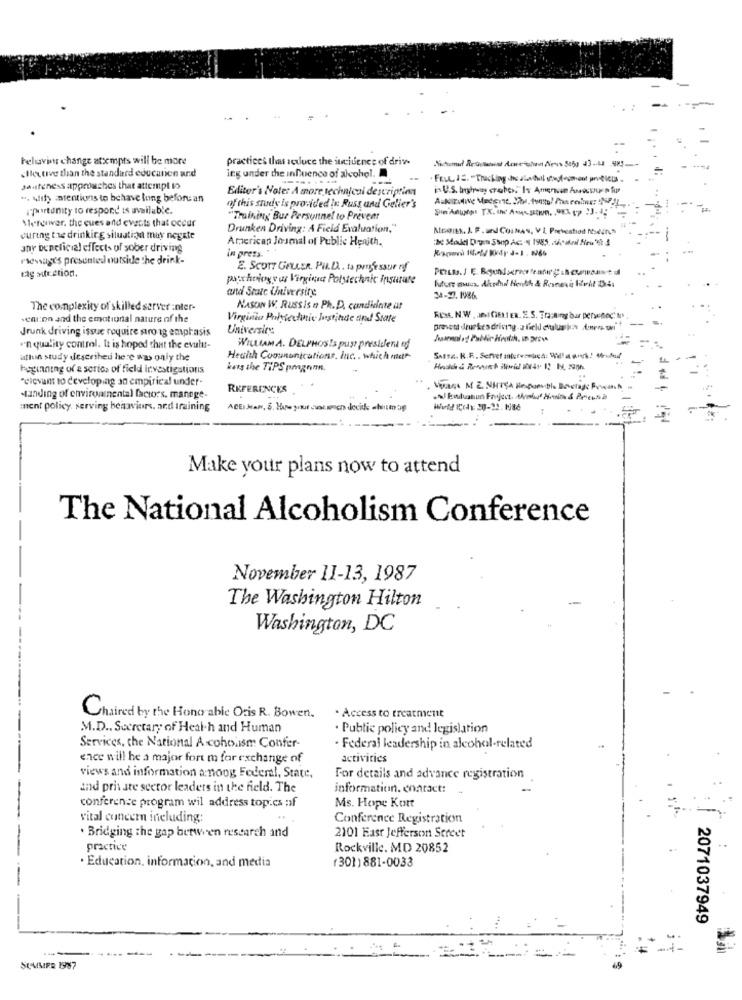
Felavins change attempts will be more
practices that reduce the incidence of drive
«Ile tive than the standard educanen ard
ing under the influence of alcohol.
saufeness approaches that attempt to
Editor's Note: A more technical description
", ulf) intentions to behave tung before an
portunity to respond is available.
of this study is provided in Russ and Gelier's
Metenver, the ques and events that occur
"Training Bur Personnel to Prevent
Drunken Driving: A Ficid Evaluation,"
McaIts. J. F . und CorNas, VI Prevestiod Nosdurch
during the drinking situation muy negate
American Joumal of Public Health.
:& Mold D'un Ssp Ac . 1985 Und Ain 5
any beneficial effects of sober driving
in press."
rsessages presented outside the drink-
rag section.
E. SCOTT GELLER, PH.D .. ta professur nf
patchology us Virginut Polytechnic Institute
and State University
futurs mucs. Akrdd Nenth & Rooney Holt 14:
34-27. 1986
The complexity of skilled server :nter-
NASON W. RUSS is n Ph.D. candidate it
.car:on and the emotional nature of the
Virginia Polytechnic Justinde and State
RES. N.W . INICIETER. E.S. Training bar persinoc' &'
Jrunk driving issue require pro ig emphasis
University
'n quality control. L is hoped that the evutut-
WILLIAM A. DELPHOSIS pust president of
uthin study described here was only the
Health Coounonications, Inc ., which aute
beginning of a series of field investigations
kets the TIPS pmgnnn.
"elevam to developing an empirical under-
REFERENCES
standing of envireinental factors. manege-
ment policy, serving behaviors, and training
World Cody: 20-22. 186
Make your plans now to attend
The National Alcoholism Conference
November 11-13, 1987
The Washington Hilton
Washington, DC
. Access to treatment
Chaired by the Hono abic Oris R. Bowen.
M.D ., Secretary of Health and Human
Public policy and legislation
Services, the National Alcoholism Confer-
· Federal leadership in alcohol-related
ence will he a major fort m for exchange of
activities
views and information a noog Federal, State,
For details and advance registration
and private sector leaders in the field. The
information. enaract:
conferenze program wil address topics nf
Ms. Hope Kott
vital concern including:
Conference Registration
. Bridging the gap between research and
2101 Fast Jefferson Street
practice
Rockville. MD 20852
· Education, information, and media
(301) 881-0033
2071037949
SUMMER 1987